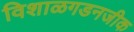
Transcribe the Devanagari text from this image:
विशाळगडनजीक